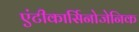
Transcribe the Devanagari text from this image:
एंटीकार्सिनोजेनिक